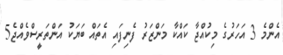
އެންމެ 3 އަހަރުގެ މިކުއްޖާ ކައްކާ މަންޒަރު ފެނިފައި އެތައް ބަޔަކު އަންތަރީސްވެއްޖެ5